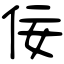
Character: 佞